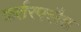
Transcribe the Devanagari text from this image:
कर्तरफ्लैश